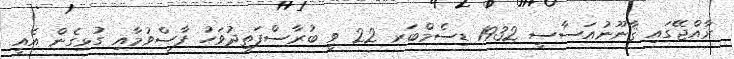
ރާއްޖޭގައި ޤާނޫނުއަސާސީ 1932 ޑިސެމްބަރ 22 ވީ ބުރާސްފަތިދުވަހު ފާސްވުމާއި ގުޅިގެން އެއީ